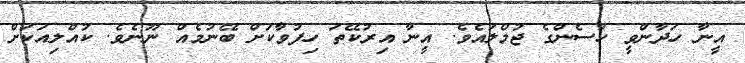
އީނާ ހަދާންވީ ހުސެންގެ ޖުމްލައެވެ. އީނާ އިރުކޭތަ ހިފުވާކަށް ބޭނުމެއް ނޫނެވެ. ކުއްލިއަކަށް